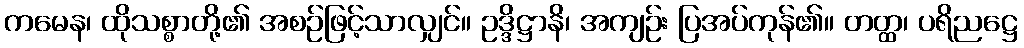
ကမေန၊ ထိုသစ္စာတို့၏ အစဉ်ဖြင့်သာလျှင်။ ဥဒ္ဒိဋ္ဌာနိ၊ အကျဉ်း ပြအပ်ကုန်၏။ တတ္ထ၊ ပရိညဋ္ဌေ